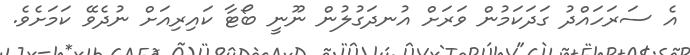
އެ ސަރަހައްދު ގަދަކަމުން ވަރަށް އުނދަގުލުން ނޫނީ ބޯޓާ ކައިރިއަށް ނުދެވޭ ކަމަށެވެ.